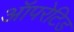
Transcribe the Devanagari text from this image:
ऑपरेटिड